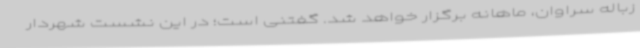
زباله سراوان، ماهانه برگزار خواهد شد. گفتنی است؛ در این نشست شهردار